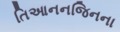
તિઆનનજિનના